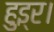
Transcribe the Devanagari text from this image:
हुइ्र।